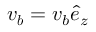
\boldsymbol { v _ { b } } = v _ { b } \boldsymbol { \hat { e } } _ { z }